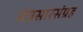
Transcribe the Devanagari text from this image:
तंत्रसारसंग्रह